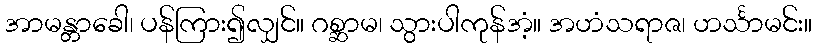
အာမန္တာခေါ၊ ပန်ကြား၍လျှင်။ ဂစ္ဆာမ၊ သွားပါကုန်အံ့။ အဟံသရာဇ၊ ဟင်္သာမင်း။